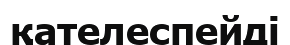
қателеспейді